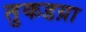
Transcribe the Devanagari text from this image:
तुकडय़ा